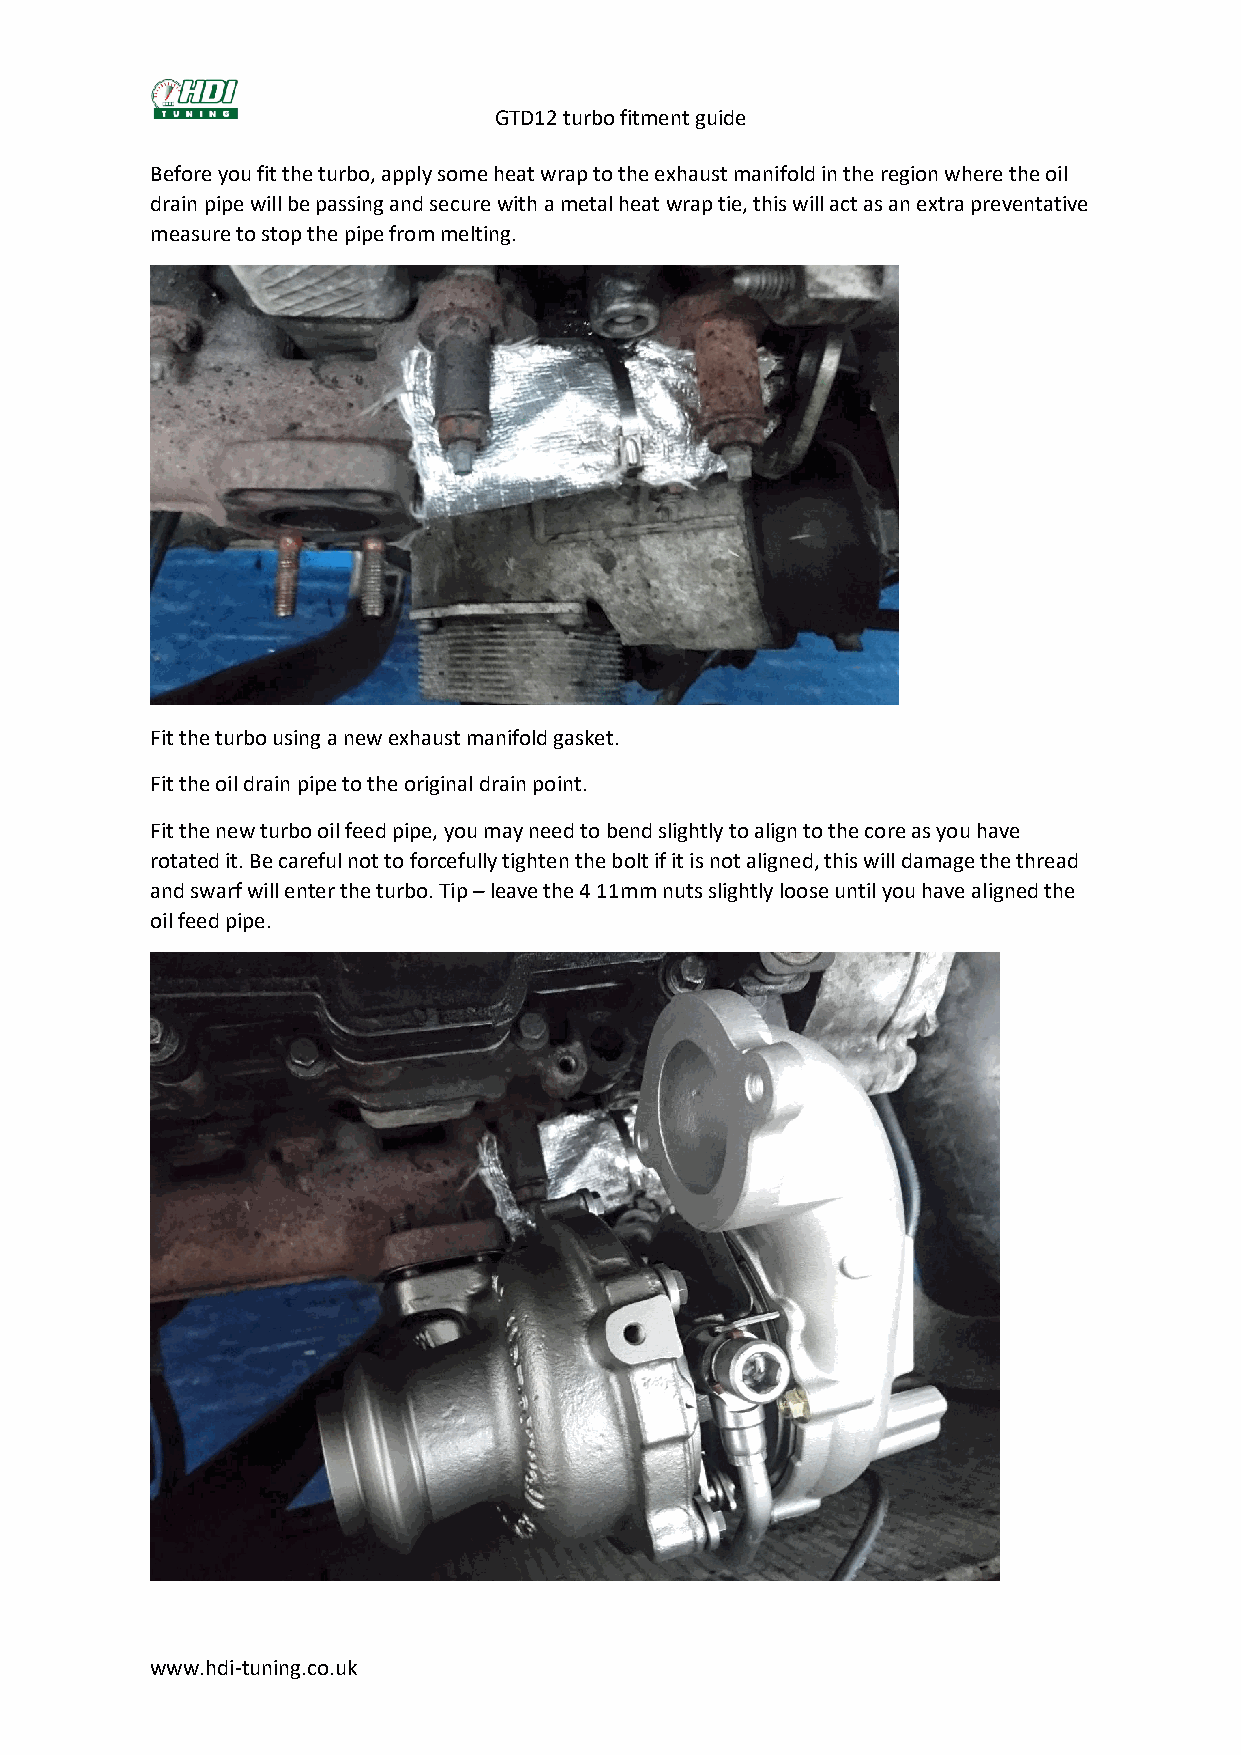
GTD12 turbo fitment guide
 Before you fit the turbo, apply some heat wrap to the exhaust manifold in the region where the oil
 drain pipe will be passing and secure with a metal heat wrap tie, this will act as an extra preventative
 measure to stop the pipe from melting.
 Fit the turbo using a new exhaust manifold gasket.
 Fit the oil drain pipe to the original drain point.
 Fit the new turbo oil feed pipe, you may need to bend slightly to align to the core as you have
 rotated it. Be careful not to forcefully tighten the bolt if it is not aligned, this will damage the thread
 and swarf will enter the turbo. Tip – leave the 4 11mm nuts slightly loose until you have aligned the
 oil feed pipe.
 www.hdi-tuning.co.uk